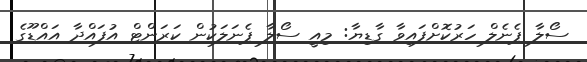
ސޯލާ ޕެނެލް ހަރުކޮށްފައިވާ ގާޑިޔާ: މިއީ ސޯލާ ޕެނަލަކުން ކަރަންޓް އުފައްދާ އައްޑޫގެ